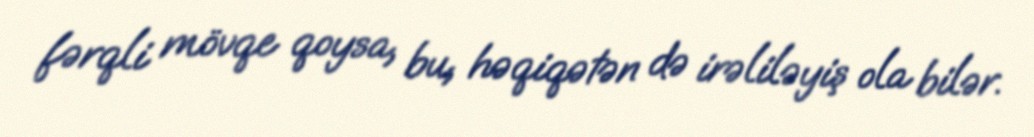
fərqli mövqe qoysa, bu, həqiqətən də irəliləyiş ola bilər.